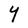
Character: Y